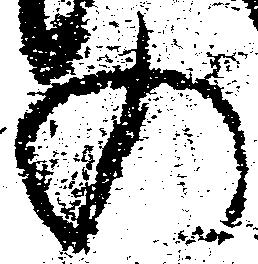
の